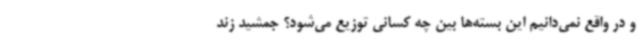
و در واقع نمی‌دانیم این بسته‌ها بین چه کسانی توزیع می‌شود؟ جمشید زند